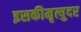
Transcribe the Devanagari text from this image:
इसकीमृत्युदर